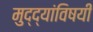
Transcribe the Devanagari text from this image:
मुद्द्यांविषयी